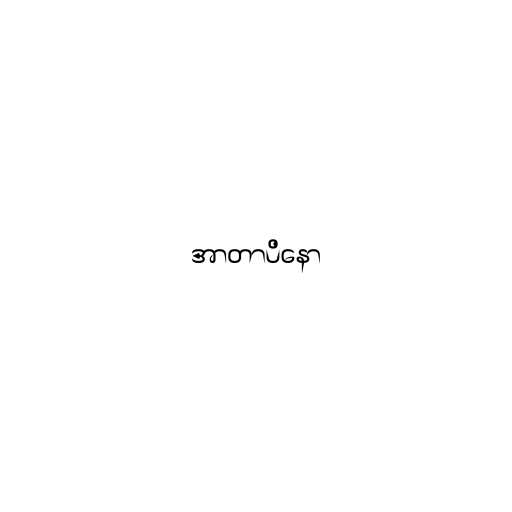
အာတာပိနော